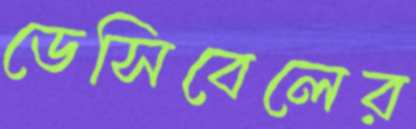
ডেসিবেলের